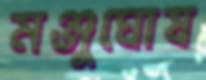
মঞ্জুঘোষ